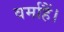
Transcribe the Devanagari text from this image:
वर्माहैं।